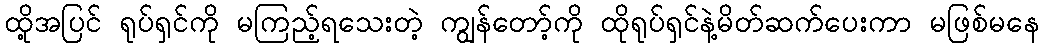
ထို့အပြင် ရုပ်ရှင်ကို မကြည့်ရသေးတဲ့ ကျွန်တော့်ကို ထိုရုပ်ရှင်နဲ့မိတ်ဆက်ပေးကာ မဖြစ်မနေ